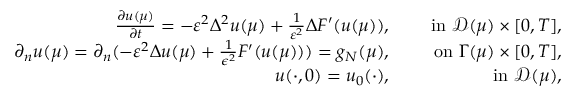
\begin{array} { r l r } { \frac { \partial { u } ( \mu ) } { \partial { t } } = - \varepsilon ^ { 2 } \Delta ^ { 2 } u ( \mu ) + \frac { 1 } { \varepsilon ^ { 2 } } \Delta F ^ { \prime } ( u ( \mu ) ) , } & { } & { \mathrm { ~ i n ~ } { { \mathcal { D } } } ( \mu ) \times [ 0 , T ] , } \\ { \partial _ { n } u ( \mu ) = \partial _ { n } ( - \varepsilon ^ { 2 } \Delta u ( \mu ) + \frac { 1 } { \epsilon ^ { 2 } } F ^ { \prime } ( u ( \mu ) ) ) = g _ { N } ( \mu ) , } & { } & { \mathrm { ~ o n ~ } { \Gamma } ( \mu ) \times [ 0 , T ] , } \\ { u ( \cdot , 0 ) = u _ { 0 } ( \cdot ) , } & { } & { \mathrm { ~ i n ~ } { \mathcal { D } } ( \mu ) , } \end{array}